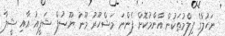
ނަހުލާގެ ފިލްމުތަކުން އާންމުކޮށް ފެންނަ މަޝްހޫރު މޫނު ޔޫސުފް ޝަފީއު އާއި ޝީލާ